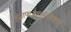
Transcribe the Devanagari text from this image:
ईजाफजालाजोकुल